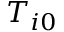
T _ { i 0 }